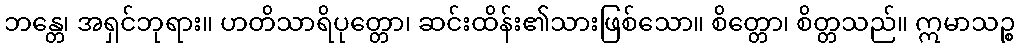
ဘန္တေ၊ အရှင်ဘုရား။ ဟတိသာရိပုတ္တော၊ ဆင်းထိန်း၏သားဖြစ်သော။ စိတ္တော၊ စိတ္တသည်။ ဣမာသဉ္စ